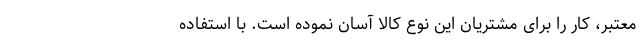
معتبر، کار را برای مشتریان این نوع کالا آسان نموده است. با استفاده